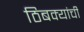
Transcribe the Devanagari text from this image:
ठिबक्यांची